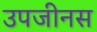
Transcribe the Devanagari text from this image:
उपजीनस